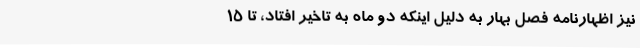
نیز اظهارنامه فصل بهار به دلیل اینکه دو ماه به تاخیر افتاد، تا 15